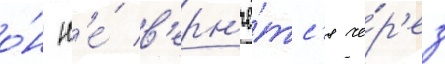
о́н н'е́ в'ерн'ё́тс'я че́р'ез